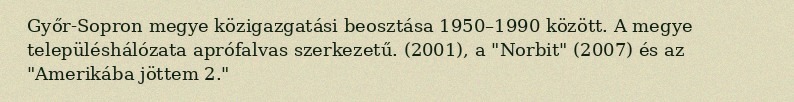
Győr-Sopron megye közigazgatási beosztása 1950–1990 között. A megye településhálózata aprófalvas szerkezetű. (2001), a "Norbit" (2007) és az "Amerikába jöttem 2."